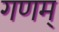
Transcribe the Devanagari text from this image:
गणम्